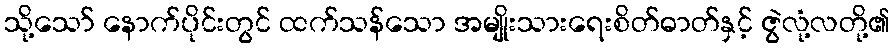
သို့သော် နောက်ပိုင်းတွင် ထက်သန်သော အမျိုးသားရေးစိတ်ဓာတ်နှင့် ဇွဲလုံ့လတို့၏